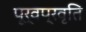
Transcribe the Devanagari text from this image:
पूर्वप्रवृति